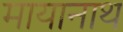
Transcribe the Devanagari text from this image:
मायानाथ